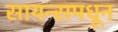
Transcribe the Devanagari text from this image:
सायन्समधून